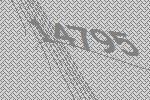
14795